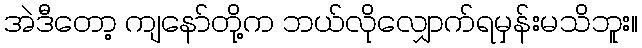
အဲဒီတော့ ကျနော်တို့က ဘယ်လိုလျှောက်ရမှန်းမသိဘူး။